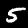
Label: 5